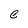
Character: C